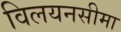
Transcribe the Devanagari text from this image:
विलयनसीमा